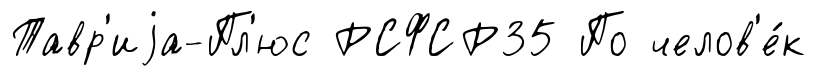
Тавр'иjа-Пл'юс РСФСР35 По челов'е́к